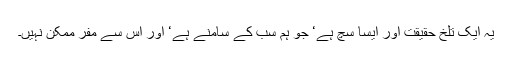
یہ ایک تلخ حقیقت اور ایسا سچ ہے‘ جو ہم سب کے سامنے ہے‘ اور اس سے مفر ممکن نہیں۔